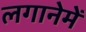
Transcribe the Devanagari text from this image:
लगानेमें